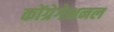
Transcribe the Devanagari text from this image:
कोंग्रेगेशनल